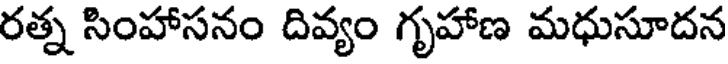
రత్న సింహాసనం దివ్యం గృహాణ మధుసూదన